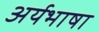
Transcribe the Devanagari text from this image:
अर्यभाषा